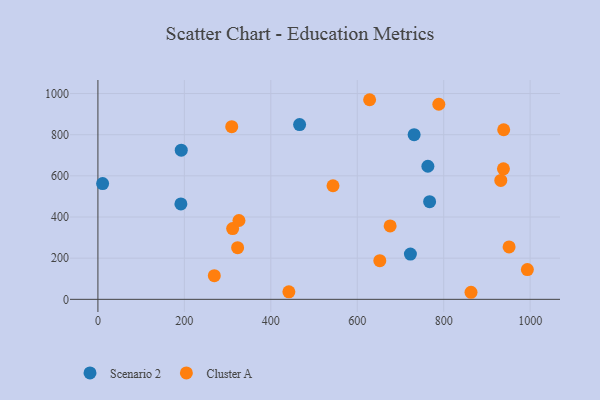
{"axis": {"x": "Distance", "y": "Exam Score"}, "legend": ["Cluster A", "Scenario 2"], "data": [{"x": "767.4", "y": 474.7, "type": "Scenario 2"}, {"x": "192.8", "y": 724.6, "type": "Scenario 2"}, {"x": "731.6", "y": 800.3, "type": "Scenario 2"}, {"x": "723.0", "y": 220.0, "type": "Scenario 2"}, {"x": "10.9", "y": 562.3, "type": "Scenario 2"}, {"x": "192.0", "y": 463.7, "type": "Scenario 2"}, {"x": "466.6", "y": 849.3, "type": "Scenario 2"}, {"x": "763.4", "y": 646.6, "type": "Scenario 2"}, {"x": "676.1", "y": 356.9, "type": "Cluster A"}, {"x": "543.9", "y": 552.0, "type": "Cluster A"}, {"x": "788.7", "y": 947.9, "type": "Cluster A"}, {"x": "652.2", "y": 187.8, "type": "Cluster A"}, {"x": "932.1", "y": 577.6, "type": "Cluster A"}, {"x": "441.8", "y": 36.7, "type": "Cluster A"}, {"x": "938.8", "y": 824.1, "type": "Cluster A"}, {"x": "938.2", "y": 634.1, "type": "Cluster A"}, {"x": "311.7", "y": 343.9, "type": "Cluster A"}, {"x": "951.3", "y": 254.6, "type": "Cluster A"}, {"x": "269.3", "y": 115.0, "type": "Cluster A"}, {"x": "309.6", "y": 838.9, "type": "Cluster A"}, {"x": "863.2", "y": 34.3, "type": "Cluster A"}, {"x": "993.6", "y": 144.7, "type": "Cluster A"}, {"x": "628.6", "y": 969.9, "type": "Cluster A"}, {"x": "326.3", "y": 383.0, "type": "Cluster A"}, {"x": "323.2", "y": 251.1, "type": "Cluster A"}]}